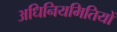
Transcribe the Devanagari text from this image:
अधिनियमितियों